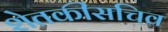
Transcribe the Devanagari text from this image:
शेतकीसचिव